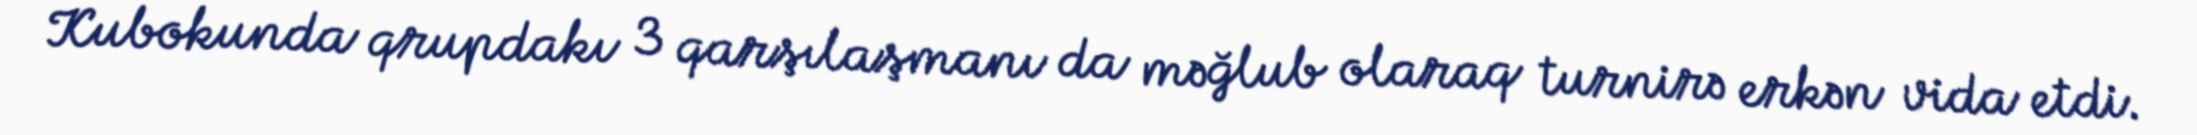
Kubokunda qrupdakı 3 qarşılaşmanı da məğlub olaraq turnirə erkən vida etdi.